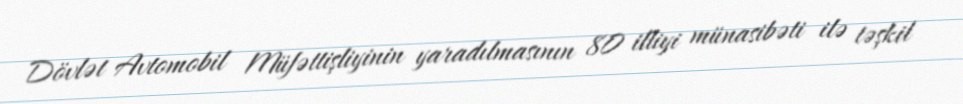
Dövlət Avtomobil Müfəttişliyinin yaradılmasının 80 illiyi münasibəti ilə təşkil